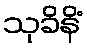
သုခိနိံ